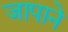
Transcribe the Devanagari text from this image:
जापाने